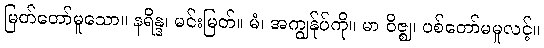
မြတ်တော်မူသော။ နရိန္ဒ၊ မင်းမြတ်။ မံ၊ အကျွန်ုပ်ကို။ မာ ဝိဇ္ဈ၊ ပစ်တော်မမူလင့်။